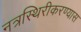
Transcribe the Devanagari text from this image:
नत्रस्थिरीकरण्यास